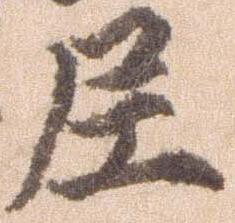
尼